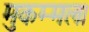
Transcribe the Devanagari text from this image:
मुकम्मल।